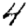
Digit: 4